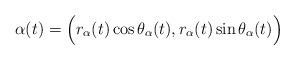
LaTeX: \begin{align*}\alpha(t) = \Big( r_\alpha(t) \cos \theta_\alpha(t), r_\alpha(t) \sin \theta_\alpha(t) \Big)\end{align*}